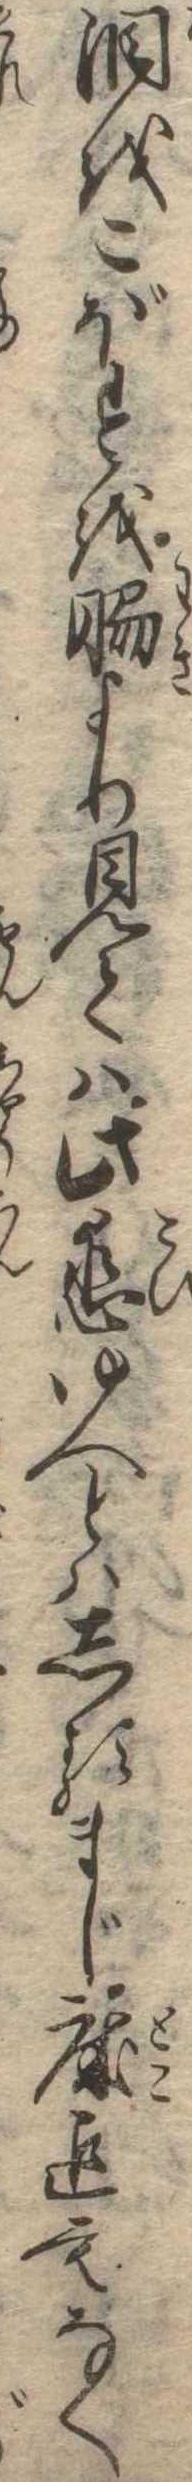
涙をこぼすを脇より見ては此恋ゆへとはしるまじ床迄もなく